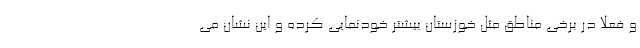
و فعلا در برخی مناطق مثل خوزستان بیشتر خودنمایی کرده و این نشان می